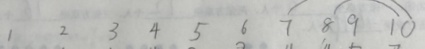
1 2 3 4 5 6 7 8 9 1 0